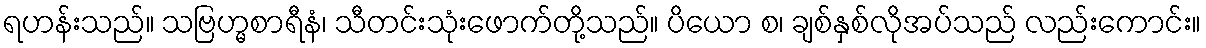
ရဟန်းသည်။ သဗြဟ္မစာရီနံ၊ သီတင်းသုံးဖောက်တို့သည်။ ပိယော စ၊ ချစ်နှစ်လိုအပ်သည် လည်းကောင်း။